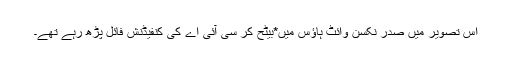
اس تصویر میں صدر نکسن وائٹ ہاؤس میں*بیٹح کر سی آئی اے کی کنفیڈنش فائل پڑھ رہے تھے۔